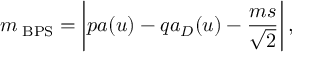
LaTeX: m _ { \mathrm { { \tiny ~ B P S } } } = \left| p a ( u ) - q a _ { D } ( u ) - \frac { m s } { \sqrt { 2 } } \right| ,